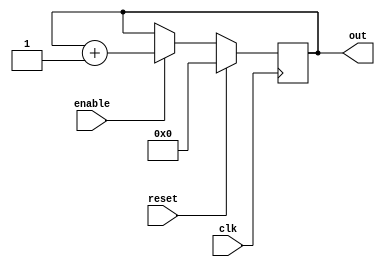
module up_counter    (
 	out     ,  // Output of the counter
  	enable  ,  // enable for counter
 	clk     ,  // clock Input
 	reset      // reset Input
 	);
 	
 	output [7:0] out;
 	
 	input enable, clk, reset;
 	
 	reg [7:0] out;
 	
 	always @(posedge clk)
 	if (reset) begin
 	  out <= 8'b0 ;
 	end else if (enable) begin
 	  out <= out + 1;
 	end
 endmodule